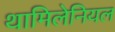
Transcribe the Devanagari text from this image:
थामिलेनियल